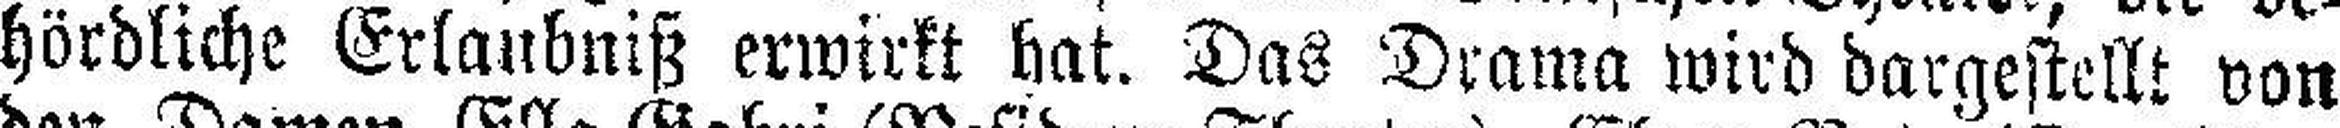
hördliche Erlaubniß erwirkt hat. Das Drama wird dargestellt von